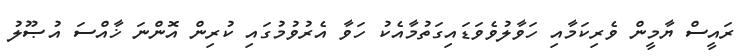
ރައީސް ޔާމީން ވެރިކަމާއި ހަވާލުވެވަޑައިގަތުމާއެކު ހަވާ އެރުވުމުގައި ކުރިން އޮންނަ ޚާއްސަ އުޞޫލު